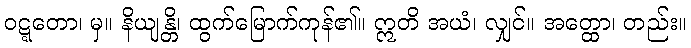
ဝဋ္ဋတော၊ မှ။ နိယျန္တိ၊ ထွက်မြောက်ကုန်၏။ ဣတိ အယံ၊ လျှင်။ အတ္ထော၊ တည်း။